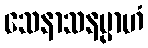
သေနာသနမ္ပာဟံ